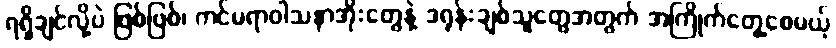
ရရှိချင်လို့ပဲ ဖြစ်ဖြစ်၊ ကင်မရာဝါသနာအိုးတွေနဲ့ ဒရုန်းချစ်သူတွေအတွက် အကြိုက်တွေ့စေမယ့်